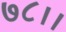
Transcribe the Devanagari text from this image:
७८।।